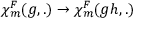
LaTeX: { \chi } _ { m } ^ { F } ( g , . ) \rightarrow { \chi } _ { m } ^ { F } ( g h , . )